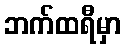
ဘက်ထရီမှာ